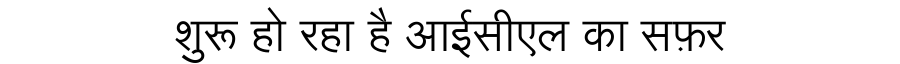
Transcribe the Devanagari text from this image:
शुरू हो रहा है आईसीएल का सफ़र